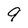
Character: 9